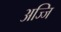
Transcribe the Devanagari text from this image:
अज्जि